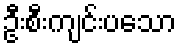
ဦးစီးကျင်းပသော